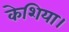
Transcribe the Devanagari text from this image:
केशिया।